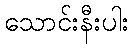
သောင်းနီးပါး